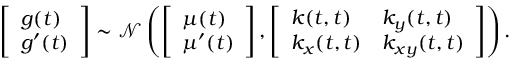
\left[ \begin{array} { l } { g ( t ) } \\ { g ^ { \prime } ( t ) } \end{array} \right] \sim \mathcal { N } \left( \left[ \begin{array} { l } { \mu ( t ) } \\ { \mu ^ { \prime } ( t ) } \end{array} \right] , \left[ \begin{array} { l l } { k ( t , t ) } & { k _ { y } ( t , t ) } \\ { k _ { x } ( t , t ) } & { k _ { x y } ( t , t ) } \end{array} \right] \right) .